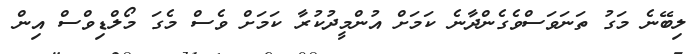
ލިބޭނެ މަގު ތަނަވަސްވެގެންދާނެ ކަމަށް އުންމީދުކުރާ ކަމަށް ވެސް މެގަ މޯލްޑިވްސް އިން